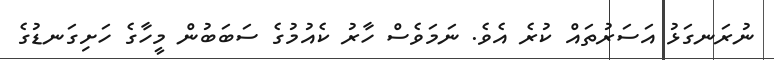
ނުރަނގަޅު އަސަރުތައް ކުރެ އެވެ. ނަމަވެސް ހާރު ކެއުމުގެ ސަބަބުން މީހާގެ ހަށިގަނޑުގެ